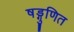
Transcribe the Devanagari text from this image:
षड्गुणित